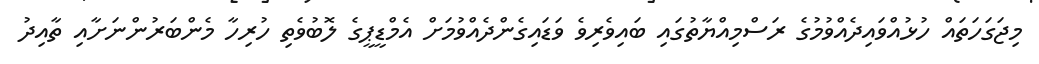
މިޖަގަހަތައް ހުޅުއްވައިދެއްވުމުގެ ރަސްމިއްޔާތުގައި ބައިވެރިވެ ވަޑައިގެންދެއްވުމަށް އެމްޑީޕީގެ ލޮބުވެތި ހުރިހާ މެންބަރުންނަށާއި ތާއިދު